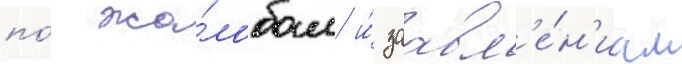
по́ жа́лобам и́ заавл'е́н'иам